Lunatic asylums Central Provinces reports 1886-1894 - 1886-1894
Year: 1886
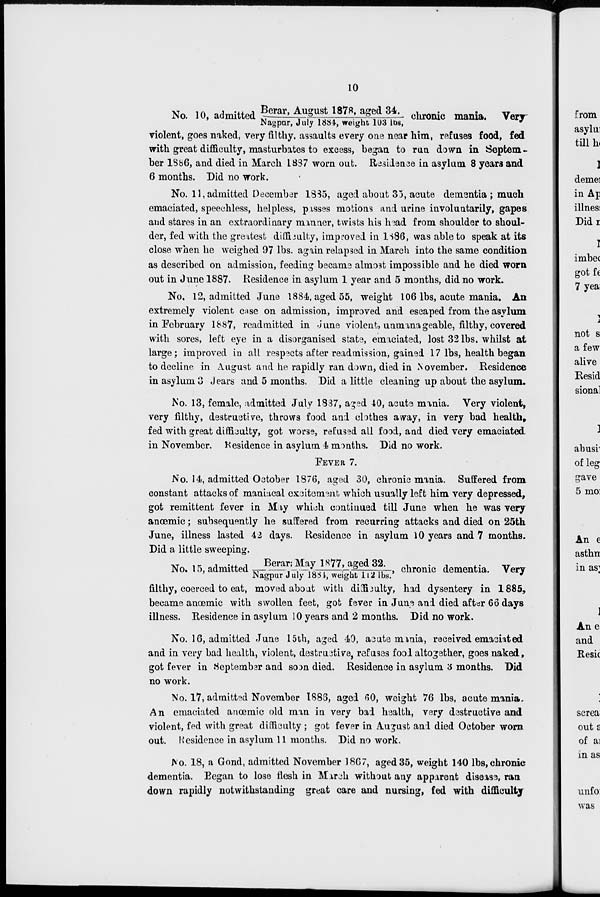
10
No. 10, admitted Berar, August 1878, aged 34, / Nagpur, July 1884,weight 103 lbs, chronic mania.Very
violent, goes naked, very filthy, assaults every one near him, refuses food, fed
with great difficulty, masturbates to excess, began to run down in Septem-
ber 1886, and died in March 1887 worn out. Residence in asylum 8 years and
6 months. Did no work.
No. 11, admitted December 1835, aged about 35, acute dementia ; much
emaciated, speechless, helpless, passes motions and urine involuntarily, gapes
and stares in an extraordinary manner, twists his head from shoulder to shoul-
der, fed with the greatest difficulty, improved in 1886, was able to speak at its
close when he weighed 97 lbs. again relapsed in March into the same condition
as described on admission, feeding became almost impossible and he died worn
out in June 1887. Residence in asylum 1 year and 5 months, did no work.
No. 12, admitted June 1884, aged 55, weight 106 lbs, acute mania. An
extremely violent case on admission, improved and escaped from the asylum
in February 1887, readmitted in June violent, unmanageable, filthy, covered
with sores, left eye in a disorganised state, emaciated, lost 32 lbs. whilst at
large; improved in all respects after readmission, gained 17 lbs, health began
to decline in August and he rapidly ran down, died in November. Residence
in asylum 3 Jears and 5 months. Did a little cleaning up about the asylum.
No. 13, female, admitted July 1837, aged 40, acute mania. Very violent,
very filthy, destructive, throws food and clothes away, in very bad health,
fed with great difficulty, got worse, refused all food, and died very emaciated
in November. Residence in asylum 4 months. Did no work.
FEVER 7.
No. 14, admitted October 1876, aged 30, chronic mania. Suffered from
constant attacks of maniacal excitement which usually left him very depressed,
got remittent fever in May which continued till June when he was very
anœmic; subsequently he suffered from recurring attacks and died on 25th
June, illness lasted 42 days. Residence in asylum 10 years and 7 months.
Did a little sweeping.
No. 15, admitted Berar;May 1877,aged 32/Nagpur July 1884,weight 112lbs., chronic dementia. Very
filthy, coerced to eat, moved about with difficulty, had dysentery in 1885,
became anœmic with swollen feet, got fever in June and died after 66 days
illness. Residence in asylum 10 years and 2 months. Did no work.
No. 16, admitted June 15th, aged 40, acute mania, received emaciated
and in very bad health, violent, destructive, refuses food altogether, goes naked,
got fever in September and soon died. Residence in asylum 3 months. Did
no work.
No. 17, admitted November 1886, aged 60, weight 76 lbs, acute mania.
An emaciated anœmic old man in very bad health, very destructive and
violent, fed with great difficulty ; got fever in August and died October worn
out. Residence in asylum 11 months. Did no work.
No. 18, a Gond, admitted November 1867, aged 35, weight 140 lbs, chronic
dementia. Began to lose flesh in March without any apparent disease, ran
down rapidly notwithstanding great care and nursing, fed with difficulty